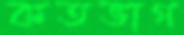
কতভাগ